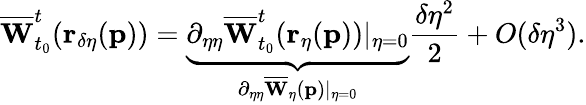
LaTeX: \overline{{\mathbf{W}}}_{t_{0}}^{t}(\mathbf{r_{\delta\eta}}(\mathbf{p}))=\underbrace{\partial_{\eta\eta}\overline{{\mathbf{W}}}_{t_{0}}^{t}(\mathbf{r_{\eta}}(\mathbf{p}))\vert_{\eta=0}}_{\partial_{\eta\eta}\overline{{\mathbf{W}}}_{\eta}(\mathbf{p})\vert_{\eta=0}}\frac{\delta\eta^{2}}{2}+O(\delta\eta^{3}).